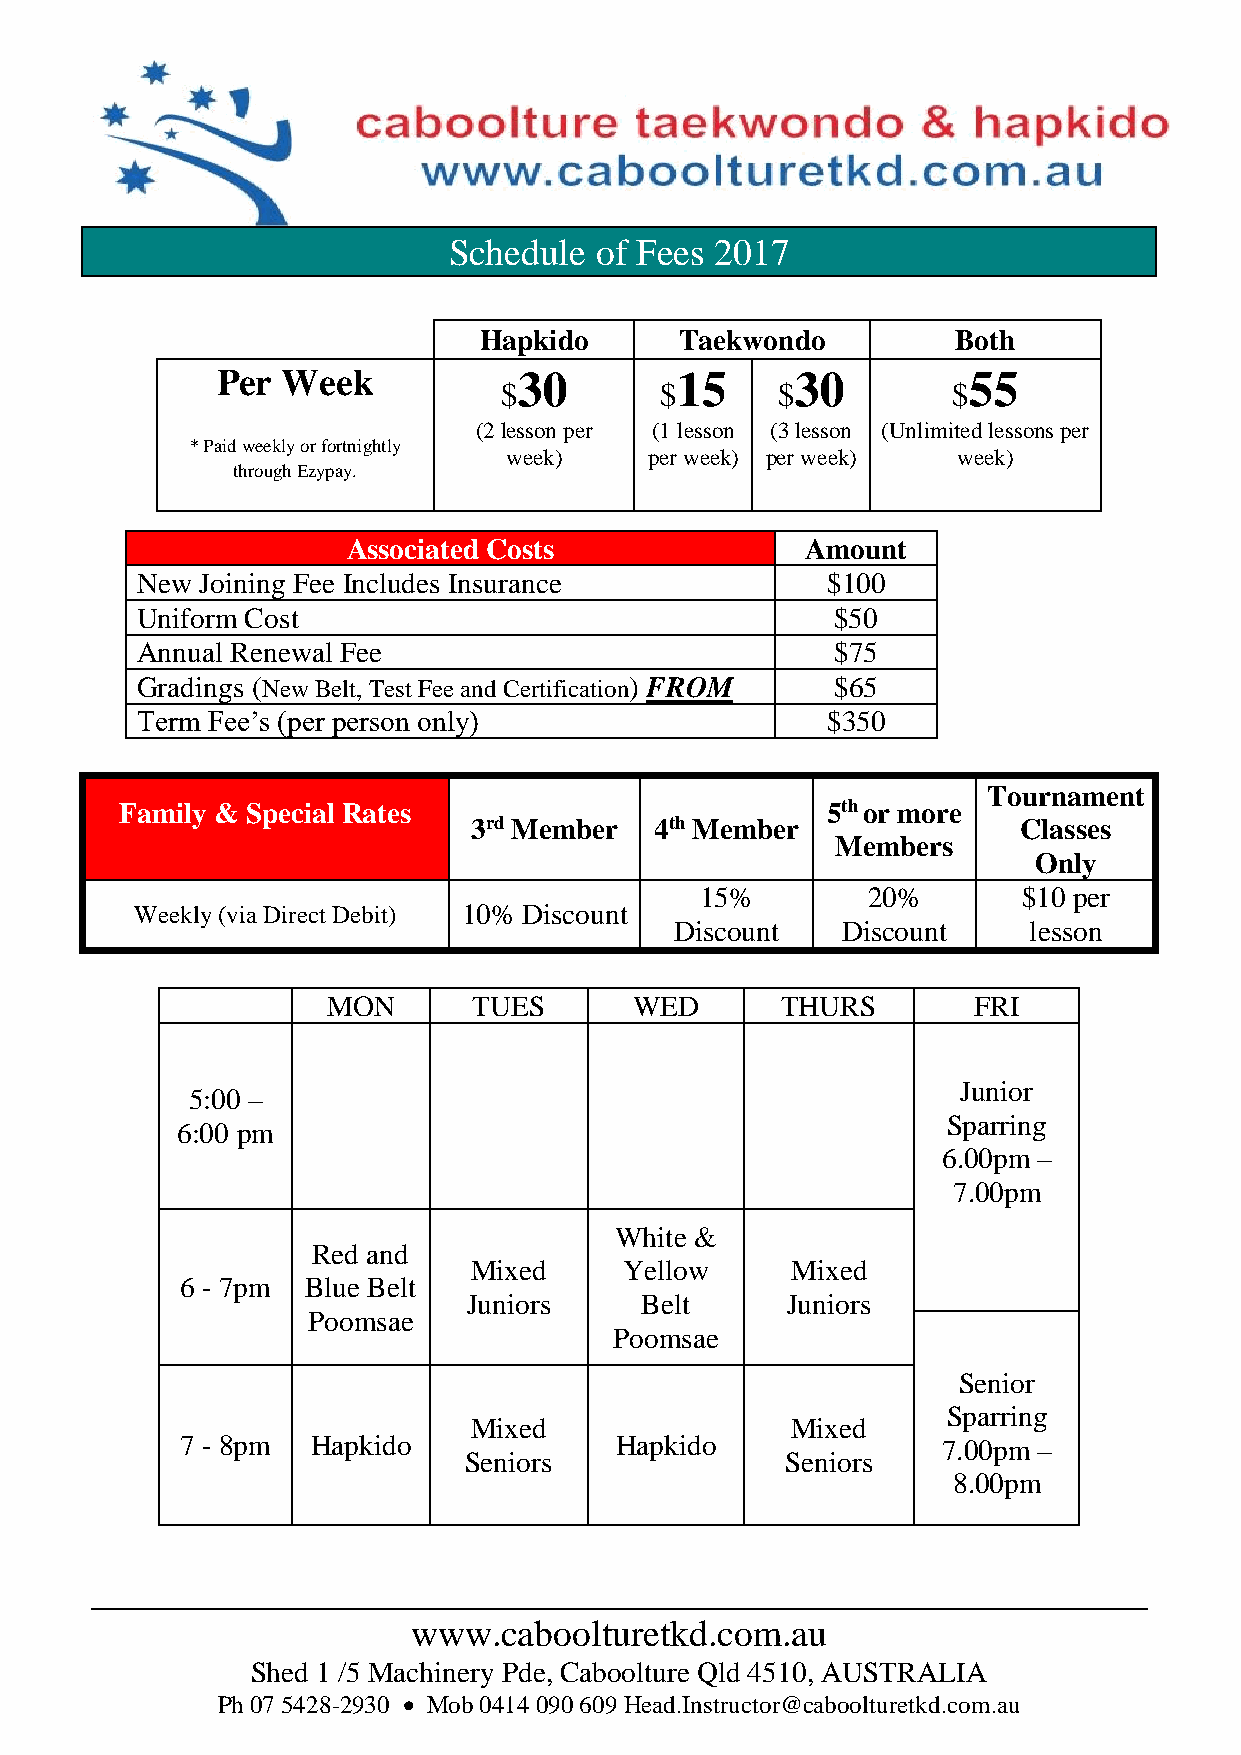
Schedule of Fees 2017
 Hapkido      Taekwondo         Both
 Per  Week           30         15      30         55
 $          $      $           $
 (2 lesson per (1 lesson (3 lesson (Unlimited les sons per
 * Paid weekly or fortnightly
 week)    per week) per week) week)
 through Ezypay.
 Associated Costs              Amount
 New Joining Fee Includes Insurance            $100
 Uniform Cost                                  $50
 Annual Renewal Fee                            $75
 Gradings (New Belt, Test Fee and Certification) FROM $65
 Term Fee’s (per person only)                  $350
 Tournament
 Family & Special Rates                         5th or more
 3rd Member  4th Member               Classes
 Members
 Only
 15%        20%        $10 per
 Weekly (via Direct Debit) 10% Discount
 Discount   Discount    lesson
 MON      TUES       WED       THURS       FRI
 Junior
 5:00 –
 Sparring
 6:00 pm
 6.00pm –
 7.00pm
 White &
 Red and
 Mixed     Yellow     Mixed
 6 - 7pm Blue Belt
 Juniors    Belt      Juniors
 Poomsae
 Poomsae
 Senior
 Sparring
 Mixed                Mixed
 7 - 8pm  Hapkido             Hapkido              7.00pm –
 Seniors              Seniors
 8.00pm
 www.caboolturetkd.com.au
 Shed 1 /5 Machinery Pde, Caboolture Qld 4510, AUSTRALIA
 Ph 07 5428-2930 • Mob 0414 090 609 Head.Instructor@caboolturetkd.com.au